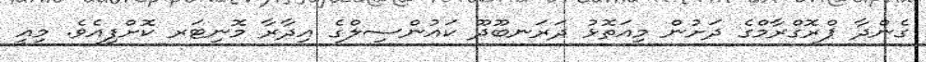
ގެންދާ ޕްރޮގްރާމްގެ ދަށުން މިއަތޮޅު ދަރަނބޫދޫ ކައުންސިލްގެ އިދާރާ މޮނިޓަރ ކޮށްފިއެވެ. މިއީ